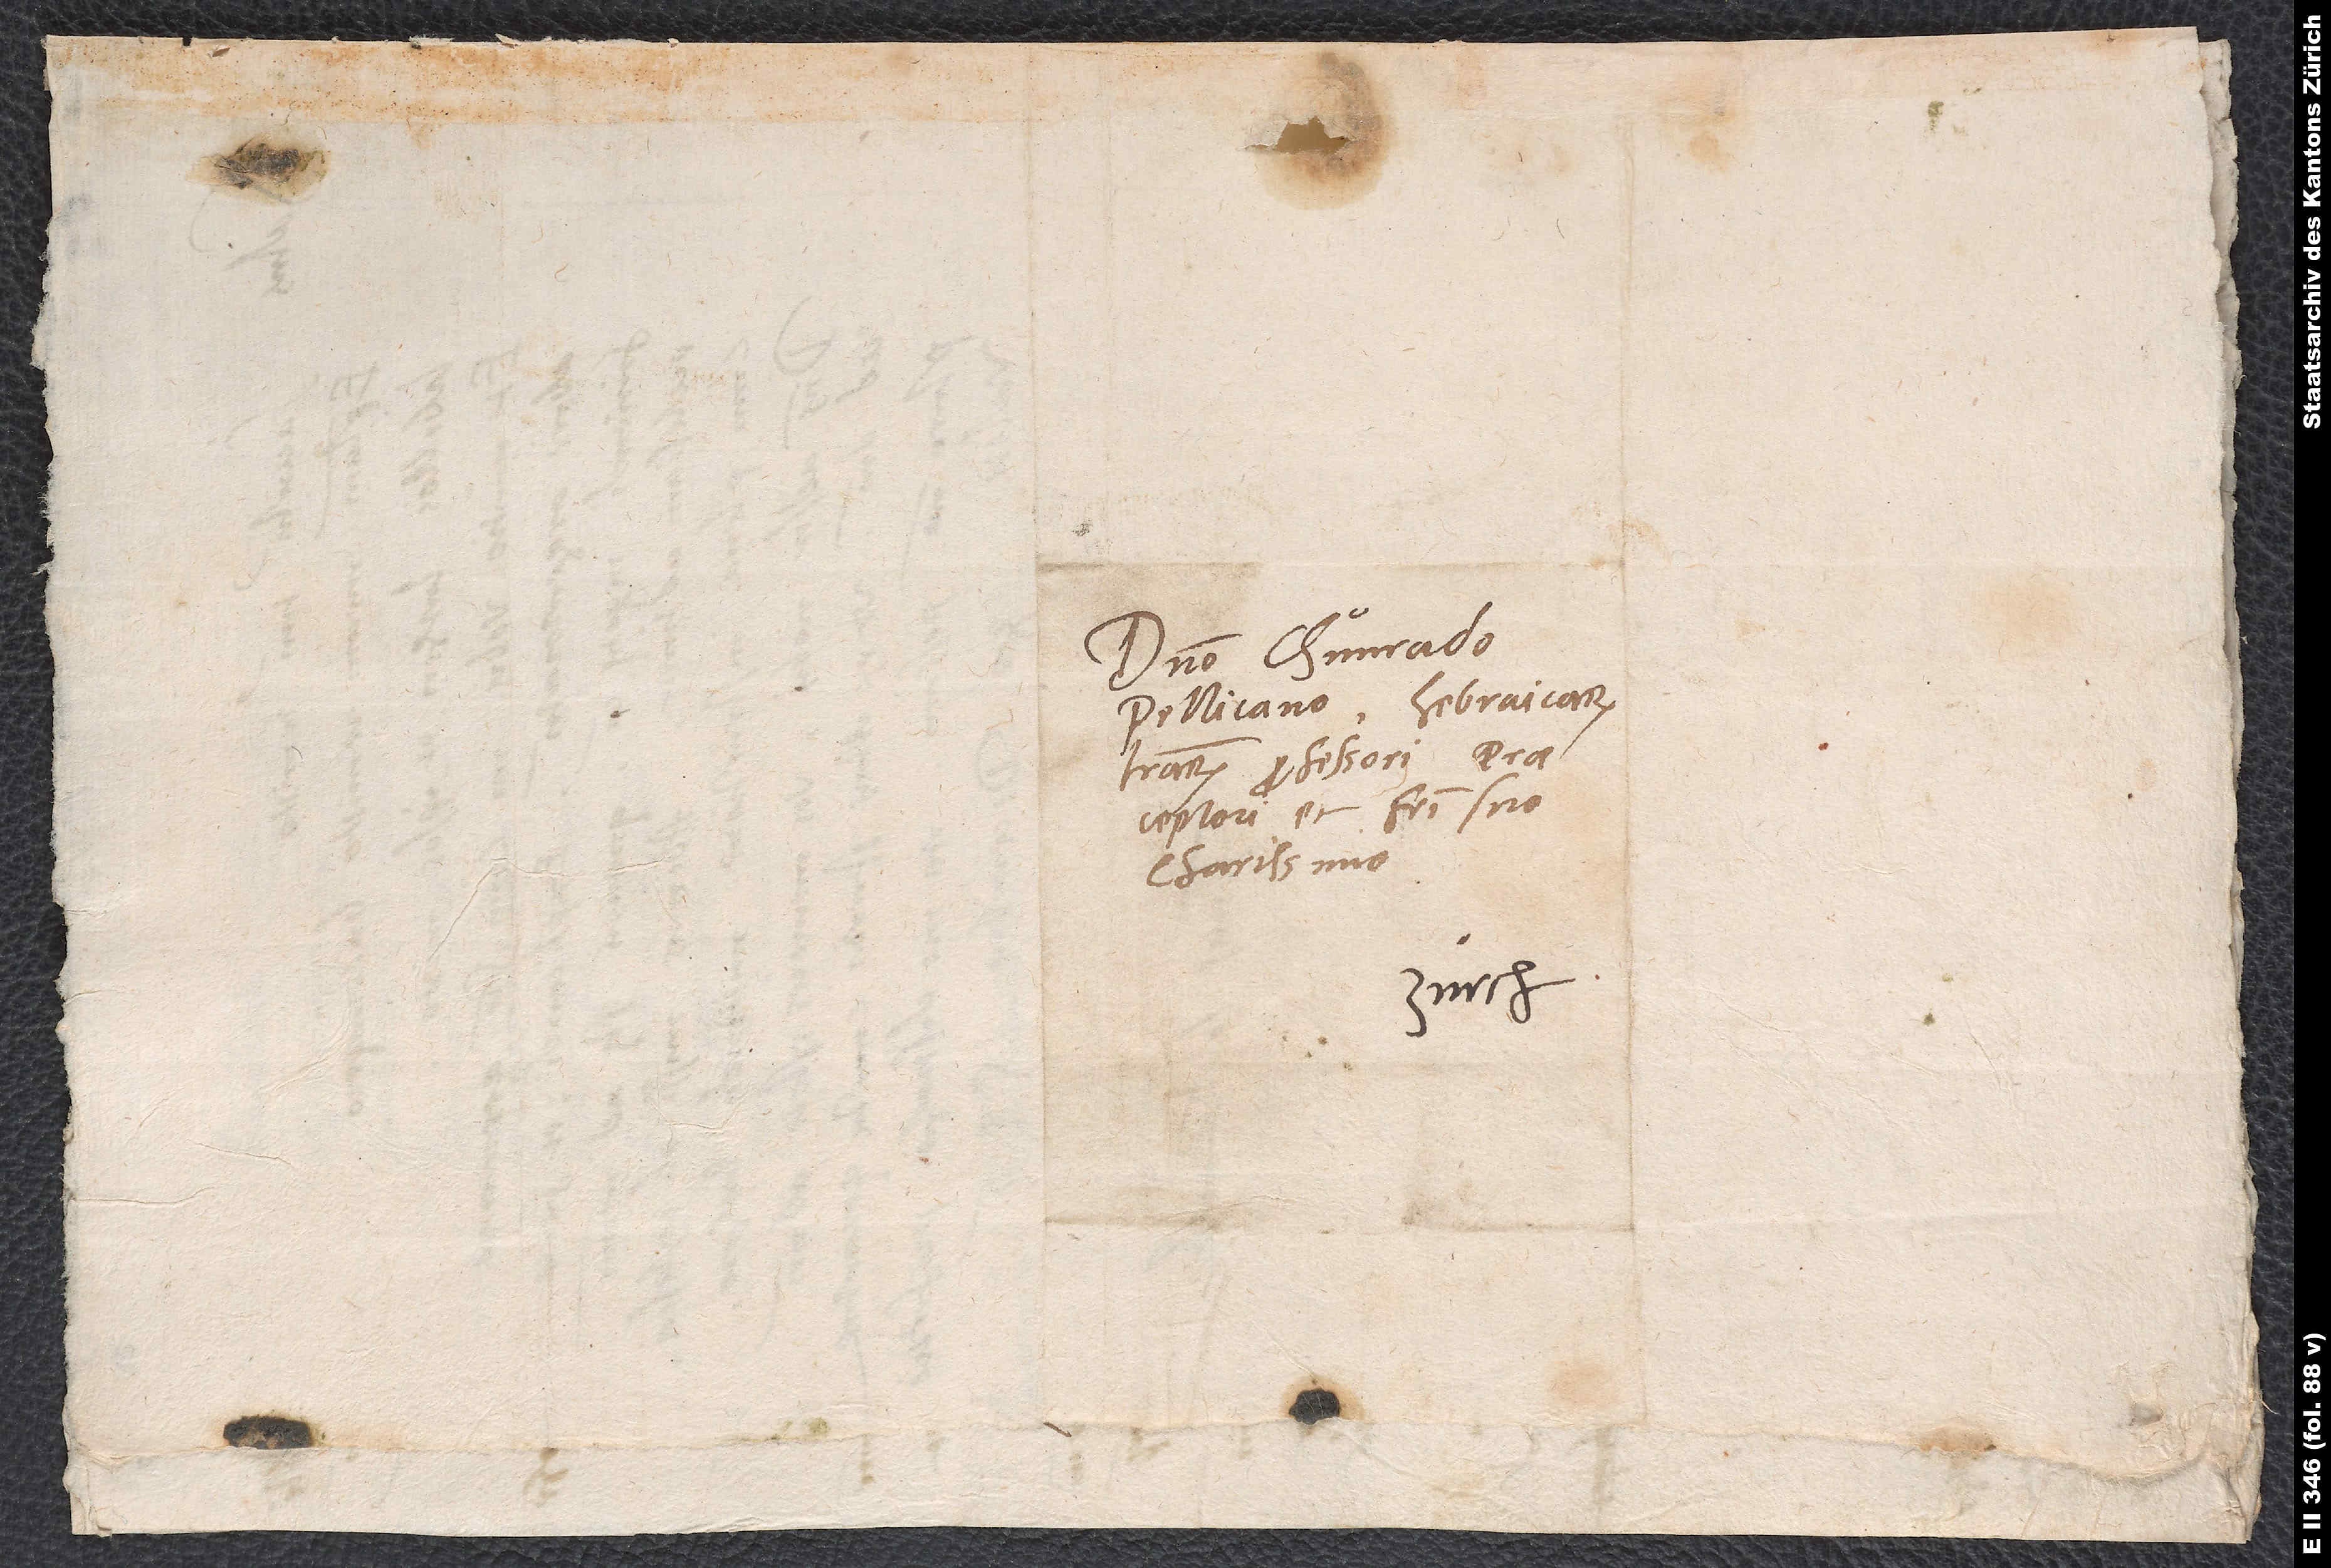
Domino Chunrado
Pellicano, hebraicarum
professori, praeceptori
charisimo.
Zürch.